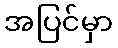
အပြင်မှာ